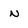
Character: N